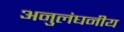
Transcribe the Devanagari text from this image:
अनुलंघनीय